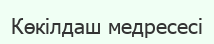
Көкілдаш медресесі